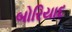
બોરિયાદ